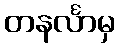
တနင်္လာမှ